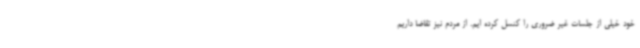
خود خیلی از جلسات غیر ضروری را کنسل کرده ایم. از مردم نیز تقاضا داریم